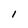
Character: l